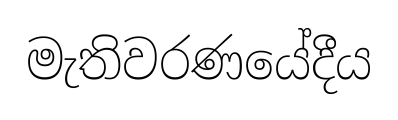
මැතිවරණයේදීය